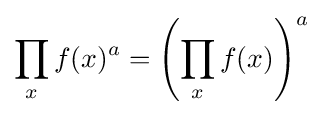
\prod _{x}f(x)^{a}=\left(\prod _{x}f(x)\right)^{a}